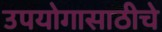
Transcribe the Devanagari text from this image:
उपयोगासाठीचे